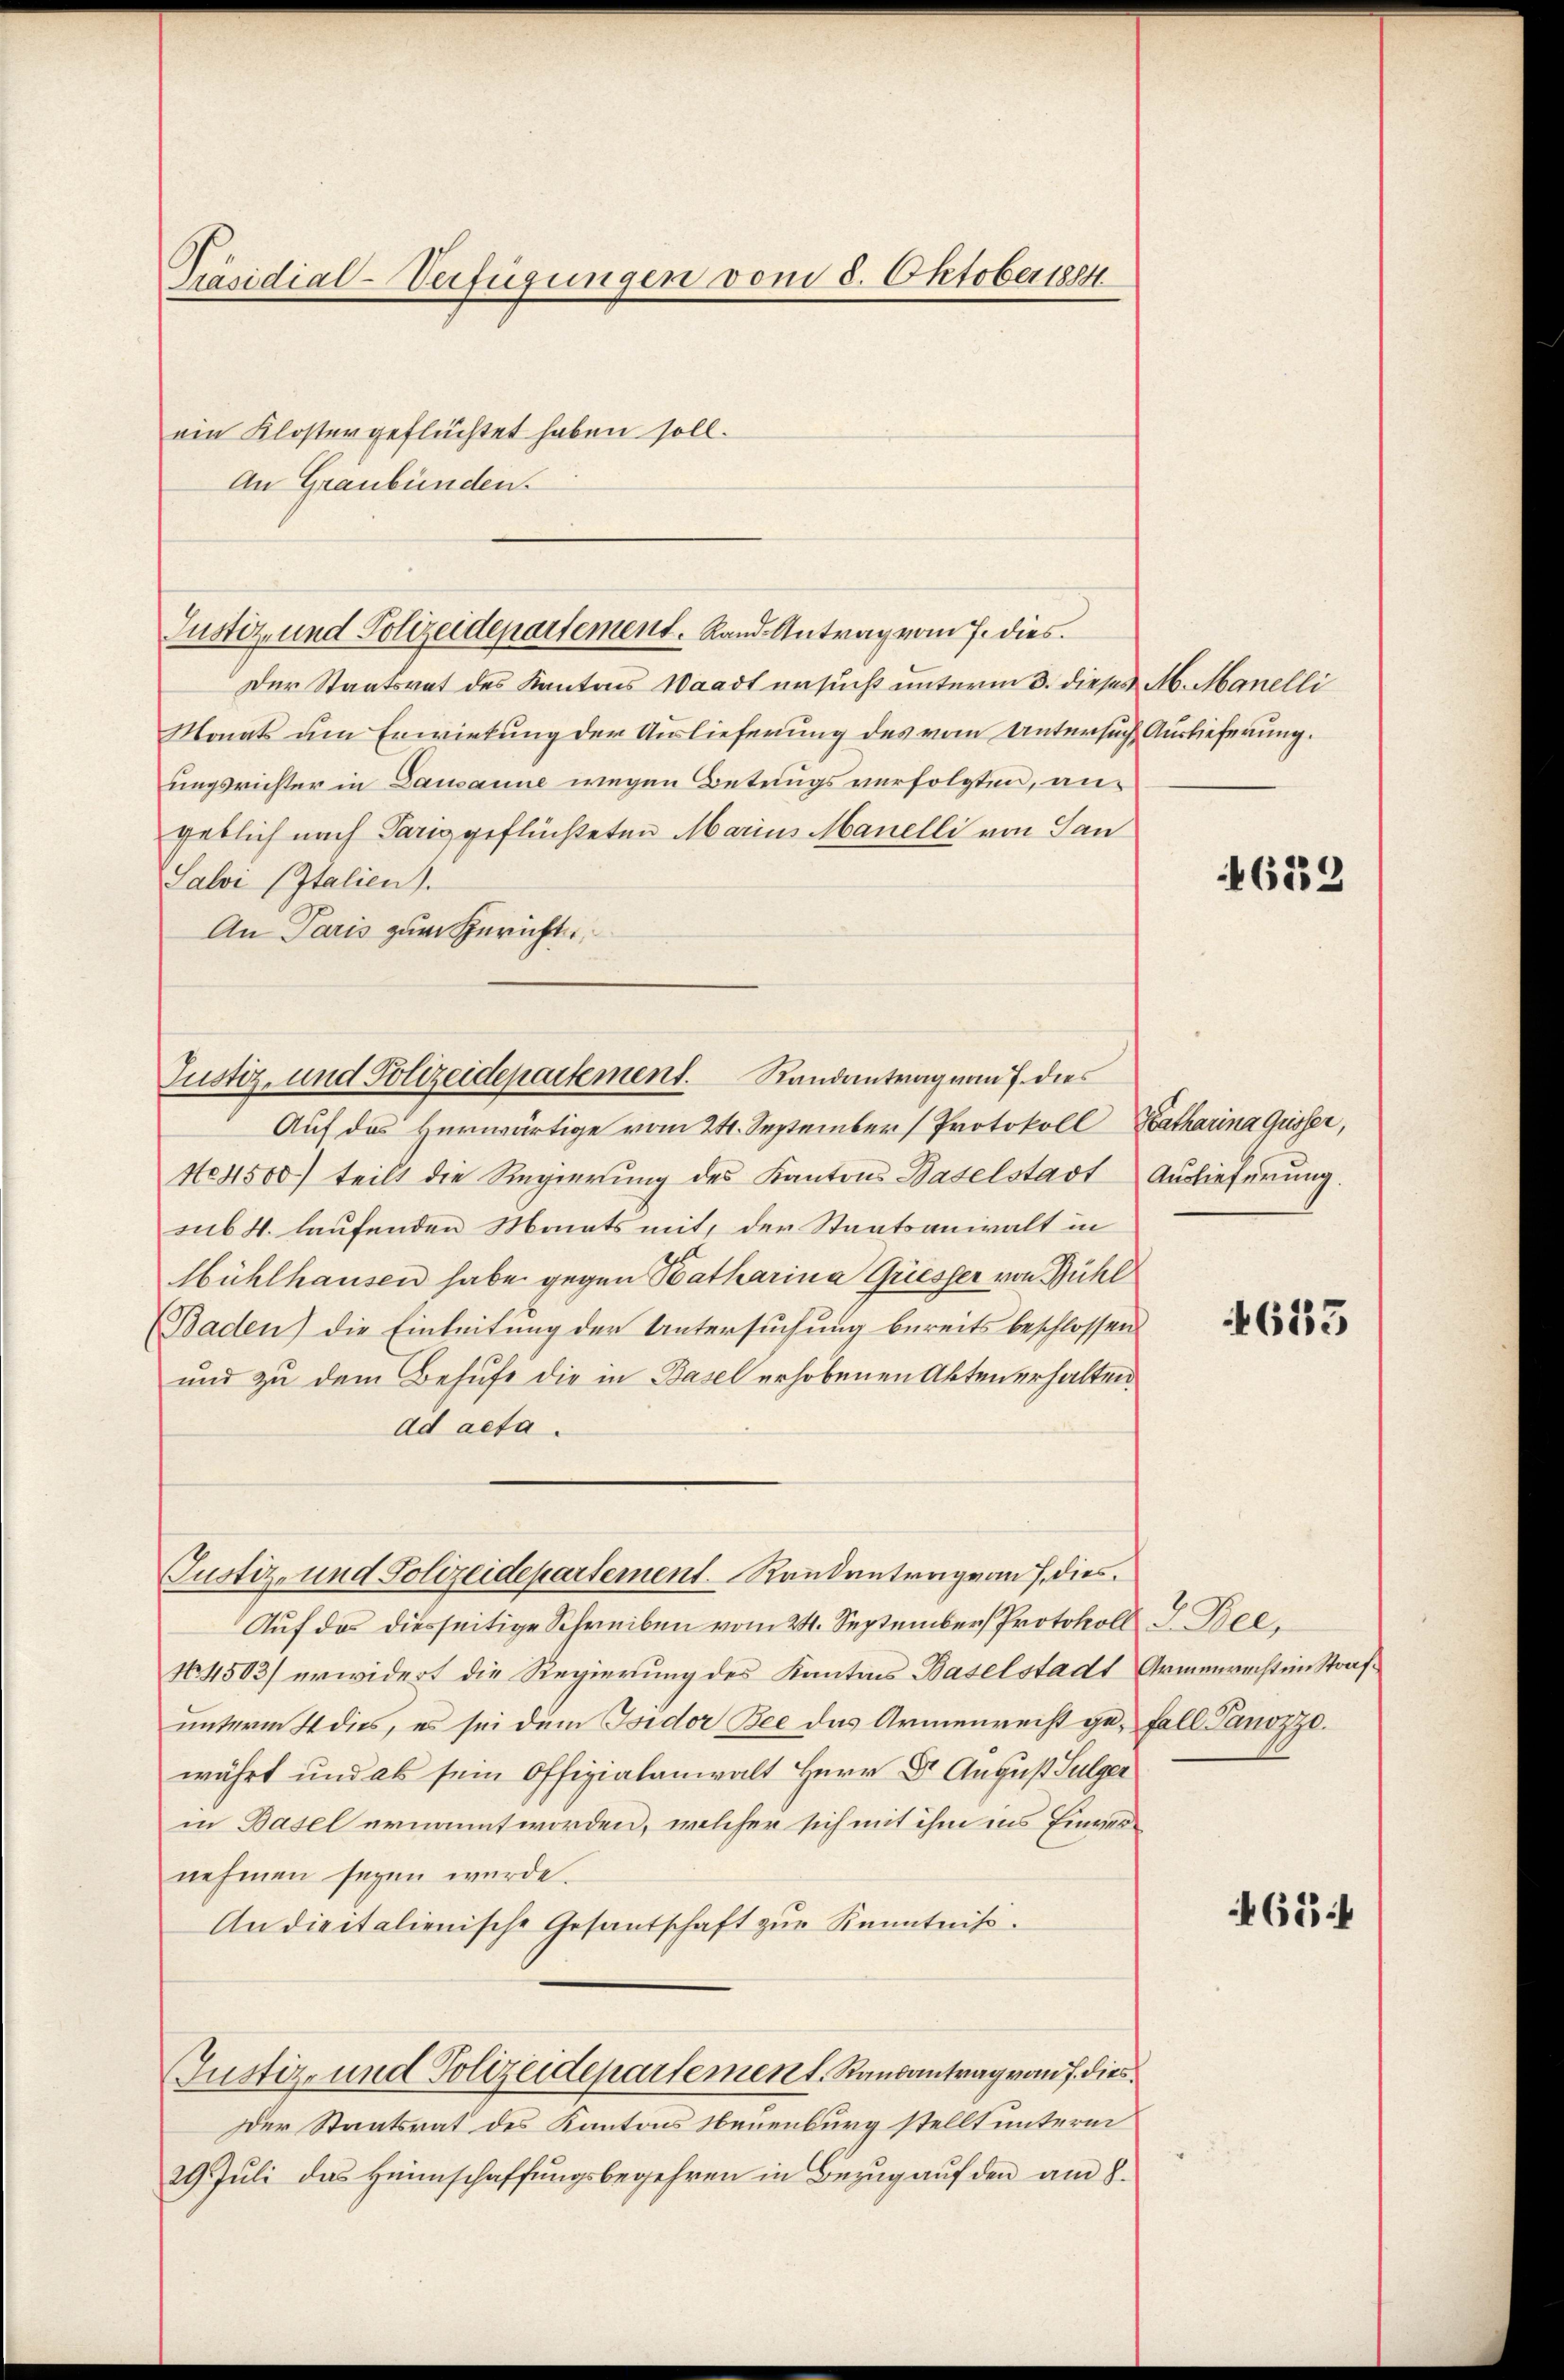
Präsidial-Verfügungen vom 8. Oktober 1884
ein Kloster geflüchtet haben soll.

An Graubünden.

Justiz, und Polizeidepartement. Rand Antrag vom 7. dies

tement. Randantrag vom 7. dies
les

Der Staatsrat des Kantons Waadt ersucht unterm 3. dieses M. Manelli
Monats um Erwirkung der Auslieferung des vom Untersuch Auslieferung.
ungsrichter in Dausanne wegen Betrugs verfolgten, angeblich nach Pariggeflüchteten Marius Manelli von San
Salvi (Italien).
An Paris zum Gerichts¬

Justiz- und Polizeidepartement. Randantrag von 7 dies

Auf des Herwärtige vom 24. September (Protokoll
Ne 4500) teilt die Regierung des Kantons Baselstadt
sub 4. laufenden Monats mit, der Staatsanwalt in
Hühlhausen habe gegen Katharina Griesser von Bühl
(Baden) die Einleitung der Untersuchung bereits beschlossen.
und zu dem Behufe die in Basel erhobenen Akten erhalten
ad acta.
Auf das diesseitige Schreiben vom 24. September Protokoll I. Dec
No. 4503) erwidert die Regierung des Kantons Baselstadt Armenrechten Strafunterm 4 dies, es sei dem Isidor Bee das Armenrecht ge- Fall Panozzo.
währt und als sein Offizialanwalt Herr Dr. August Sulger
in Basel ernannt worden, welcher sich mit ihm ins Einvernehmen seyen würde.
An dieitalienische Gesantschaft zŭr Kenntniß.
Justiz- und Polizeidepartement. Randantrag vom 7. dies
Der Staatsrat des Kantons Neuenburg stellt unterm
29. Jŭli das Heimschaffŭngsbegehren in Bezŭg aŭf den am 8.

6239

Katharina Gusser,
Auslieferung.

613

4654